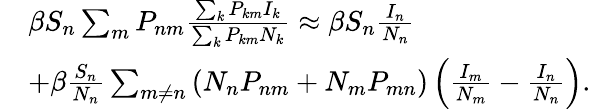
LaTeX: \begin{array}{rl}&{\beta S_{n}\sum_{m}P_{nm}\frac{\sum_{k}P_{km}I_{k}}{\sum_{k}P_{km}N_{k}}\approx\beta S_{n}\frac{I_{n}}{N_{n}}}\\ &{+\beta\frac{S_{n}}{N_{n}}\sum_{m\neq n}\left(N_{n}P_{nm}+N_{m}P_{mn}\right)\left(\frac{I_{m}}{N_{m}}-\frac{I_{n}}{N_{n}}\right).}\end{array}